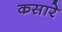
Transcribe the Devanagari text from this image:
कसारे